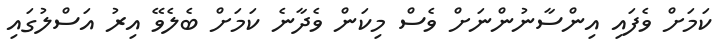
ކަމަށް ވެފައި އިންސާނުންނަށް ވެސް މިކަން ވެދާނެ ކަމަށް ބެލެވޭ އިރު އަސްލުގައި